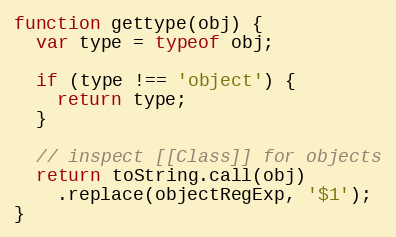
Language: JavaScript
function gettype(obj) {
  var type = typeof obj;

  if (type !== 'object') {
    return type;
  }

  // inspect [[Class]] for objects
  return toString.call(obj)
    .replace(objectRegExp, '$1');
}